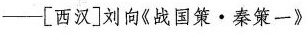
-[西汉]刘向《战国策·秦策一》